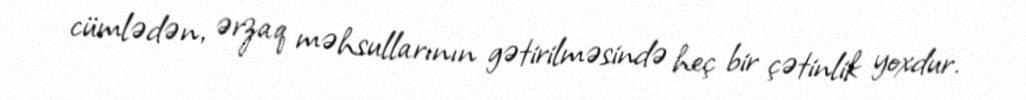
cümlədən, ərzaq məhsullarının gətirilməsində heç bir çətinlik yoxdur.